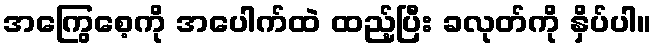
အကြွေစေ့ကို အပေါက်ထဲ ထည့်ပြီး ခလုတ်ကို နှိပ်ပါ။